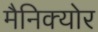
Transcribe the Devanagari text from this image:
मैनिक्योर